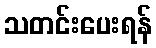
သတင်းပေးရန်